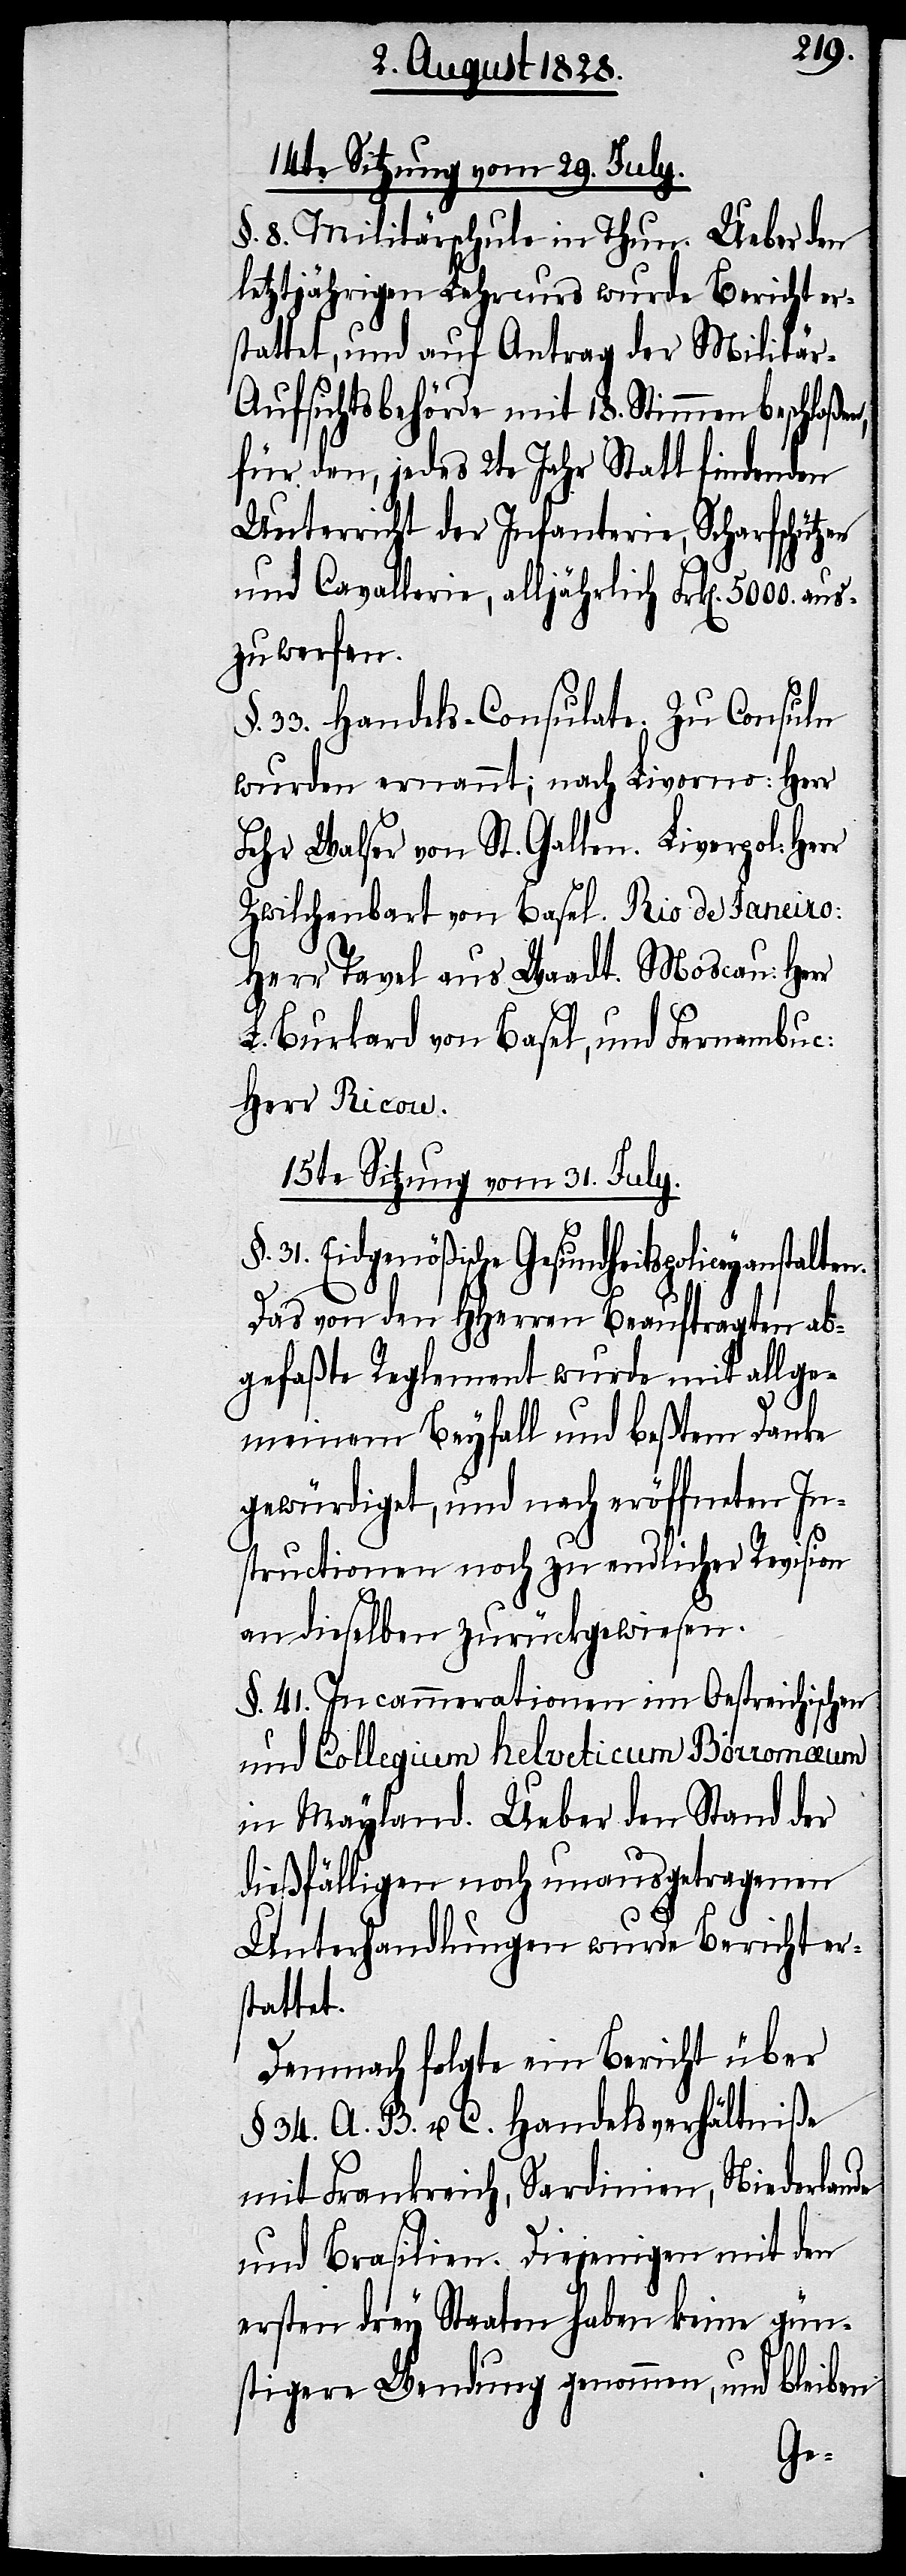
14te Sitzung vom 29. July.
§. 8. Militärschule in Thun. Ueber den
letztjährigen Lehrcurs wurde Bericht er¬
stattet, und auf Antrag der Militär-A¬
ufsichtsbehörde mit 18. Stimmen beschloßen,
für den, jedes 2te Jahr Statt findenden
Unterricht der Infanterie, Scharfschützen
und Cavallerie, alljährlich Frk[en].
zuwerfen.
33. Handels-Consulate. Zu Consuln
wurden ernannt; nach Livorno: Herr
Fehr Walser von St. Gallen. Liverpol:
Zwilchenbart von Basel. Rio de Janeiro:
Herr Tavel aus Waadt. Moscau: Herr
L. Burkard von Basel, und Fernambuc:
Herr Ricow.
15te Sitzung vom 31. July.
eitspoliceyanstalten.
Das von den HHerren Beauftragten ab¬
gefaßte Reglement wurde mit allge¬
meinem Beyfall und beßtem Danke
gewürdiget, und nach eröffneten In¬
structionen noch zu endlicher Revision
an dieselben zurückgewiesen.
§. 41. Incammerationen im Oestreichischen
und Collegium Helveticum Borromæum
in Mayland. Ueber den Stand der
dießfälligen noch unausgetragenen
Unterhandlungen wurde Bericht er¬
stattet.
Demnach folgte ein Bericht über
§. 34. A. B. u. C. Handelsverhältniße
mit Frankreich, Sardinien, Niederlande
und Brasilien. Diejenigen mit den
ersten drey Staaten haben keine gün¬
stigere Wendung genommen, und bleiben
aus¬